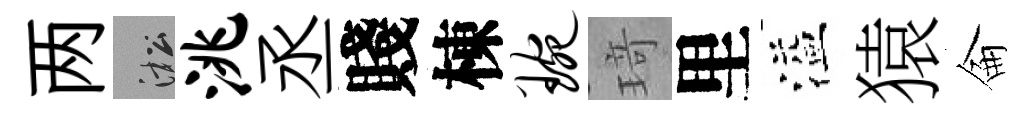
两淞洮丞賤棟琬𤦺里溢猿侖